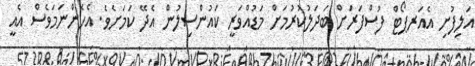
އަލިފުށި އެއަރޕޯޓް ފުސްފަރަށް ބަދަލުކުރުމަށް މަޑުއްވަރީ ކައުންސިލުން އެދޭ ކަމަށެވެ. އެހެންނަމަވެސް އެއީ